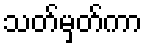
သတ်မှတ်ကာ